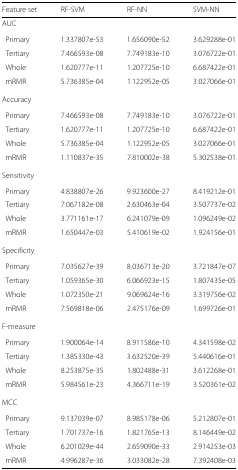
<table><thead><tr><td><b>Feature set</b></td><td><b>RF-SVM</b></td><td><b>RF-NN</b></td><td><b>SVM-NN</b></td></tr></thead><tbody><tr><td colspan="4">AUC</td></tr><tr><td>Primary</td><td>1.337807e-53</td><td>1.656090e-52</td><td>3.629288e-01</td></tr><tr><td>Tertiary</td><td>7.466593e-08</td><td>7.749183e-10</td><td>3.076722e-01</td></tr><tr><td>Whole</td><td>1.620777e-11</td><td>1.207725e-10</td><td>6.687422e-01</td></tr><tr><td>mRMR</td><td>5.736385e-04</td><td>1.122952e-05</td><td>3.027066e-01</td></tr><tr><td colspan="4">Accuracy</td></tr><tr><td>Primary</td><td>7.466593e-08</td><td>7.749183e-10</td><td>3.076722e-01</td></tr><tr><td>Tertiary</td><td>1.620777e-11</td><td>1.207725e-10</td><td>6.687422e-01</td></tr><tr><td>Whole</td><td>5.736385e-04</td><td>1.122952e-05</td><td>3.027066e-01</td></tr><tr><td>mRMR</td><td>1.110837e-35</td><td>7.810002e-38</td><td>5.302538e-01</td></tr><tr><td colspan="4">Sensitivity</td></tr><tr><td>Primary</td><td>4.838807e-26</td><td>9.923600e-27</td><td>8.419212e-01</td></tr><tr><td>Tertiary</td><td>7.067182e-08</td><td>2.630463e-04</td><td>3.507737e-02</td></tr><tr><td>Whole</td><td>3.771161e-17</td><td>6.241079e-09</td><td>1.096249e-02</td></tr><tr><td>mRMR</td><td>1.650447e-03</td><td>5.410619e-02</td><td>1.924156e-01</td></tr><tr><td colspan="4">Specificity</td></tr><tr><td>Primary</td><td>7.035627e-39</td><td>8.036713e-20</td><td>3.721847e-07</td></tr><tr><td>Tertiary</td><td>1.059365e-30</td><td>6.066923e-15</td><td>1.807435e-05</td></tr><tr><td>Whole</td><td>1.072350e-21</td><td>9.069624e-16</td><td>3.319756e-02</td></tr><tr><td>mRMR</td><td>7.569818e-06</td><td>2.475176e-09</td><td>1.699726e-01</td></tr><tr><td colspan="4">F-measure</td></tr><tr><td>Primary</td><td>1.900064e-14</td><td>8.911586e-10</td><td>4.341598e-02</td></tr><tr><td>Tertiary</td><td>1.385330e-43</td><td>3.632520e-39</td><td>5.440616e-01</td></tr><tr><td>Whole</td><td>8.253875e-35</td><td>1.802488e-31</td><td>3.612268e-01</td></tr><tr><td>mRMR</td><td>5.984561e-23</td><td>4.366711e-19</td><td>3.520361e-02</td></tr><tr><td colspan="4">MCC</td></tr><tr><td>Primary</td><td>9.137039e-07</td><td>8.985178e-06</td><td>5.212807e-01</td></tr><tr><td>Tertiary</td><td>1.701737e-16</td><td>1.821765e-13</td><td>8.146449e-02</td></tr><tr><td>Whole</td><td>6.201029e-44</td><td>2.659090e-33</td><td>2.914253e-03</td></tr><tr><td>mRMR</td><td>4.996287e-36</td><td>3.033082e-28</td><td>7.392408e-03</td></tr></tbody></table>